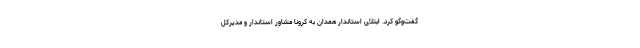
گفت‌وگو کرد. ابتلای استاندار همدان به کرونا مشاور استاندار و مدیرکل